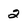
Character: 2